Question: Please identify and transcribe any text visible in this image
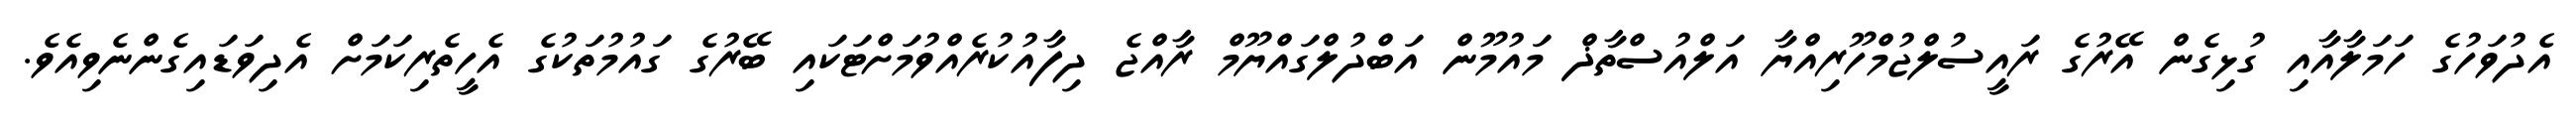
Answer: އެދުވަހުގެ ހަމަލާއާއި ގުޅިގެން އޭރުގެ ރައީސުލްޖުމްހޫރިއްޔާ އަލްއުސްތާޛް މައުމޫން އަބްދުލްގައްޔޫމް ރާއްޖެ ދިފާއުކުރެއްވުމަށްޓަކައި ބޭރުގެ ގައުމުތަކުގެ އެހީތެރިކަމަށް އެދިވަޑައިގެންނެވިއެވެ.